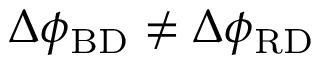
\Delta \phi _ { \mathrm { B D } } \neq \Delta \phi _ { \mathrm { R D } }